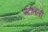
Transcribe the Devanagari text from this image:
पेटीतली